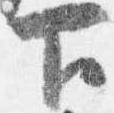
下